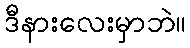
ဒီနားလေးမှာဘဲ။